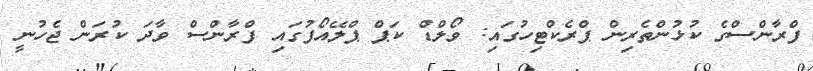
ފްރާންސްގެ ކުޅުންތެރިން ޕްރެކްޓިހުގައި: ވޯލްޑް ކަޕް ޕްލޭއޯފުގައި ފްރާންސް ވާދަ ކުރަން ޖެހުނީ